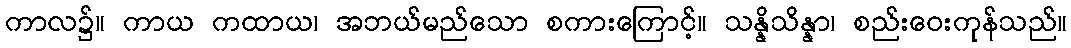
ကာလ၌။ ကာယ ကထာယ၊ အဘယ်မည်သော စကားကြောင့်။ သန္နိသိန္နာ၊ စည်းဝေးကုန်သည်။